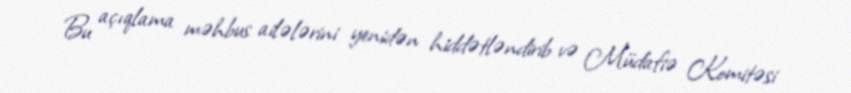
Bu açıqlama məhbus ailələrini yenidən hiddətləndirib və Müdafiə Komitəsi